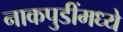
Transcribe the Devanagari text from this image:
नाकपुडींमध्ये